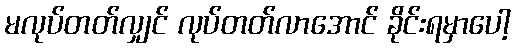
မလုပ်တတ်လျှင် လုပ်တတ်လာအောင် ခိုင်းရမှာပေါ့